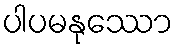
ပါပမနုဿော